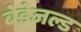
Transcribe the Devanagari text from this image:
बेडेजल्ड